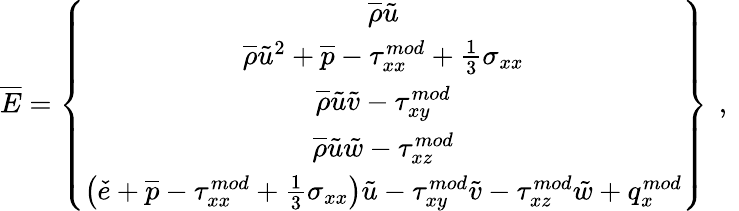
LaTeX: \overline{{E}}=\left\{ \begin{array}{c}{\overline{{\rho}}\tilde{u}}\\ {\overline{{\rho}}\tilde{u}^{2}+\overline{{p}}-{\tau}_{xx}^{mod}+\frac{1}{3}\sigma_{xx}}\\ {\overline{{\rho}}\tilde{u}\tilde{v}-{\tau}_{xy}^{mod}}\\ {\overline{{\rho}}\tilde{u}\tilde{w}-{\tau}_{xz}^{mod}}\\ {\left(\check{e}+\overline{{p}}-{\tau}_{xx}^{mod}+\frac{1}{3}\sigma_{xx}\right)\tilde{u}-{\tau}_{xy}^{mod}\tilde{v}-{\tau}_{xz}^{mod}\tilde{w}+q_{x}^{mod}}\end{array}\right\} \, \mathrm{~,~}